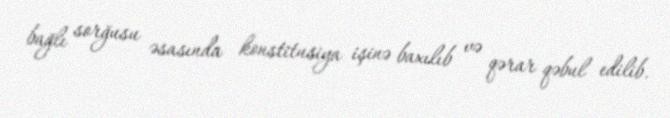
bağlı sorğusu əsasında konstitusiya işinə baxılıb və qərar qəbul edilib.